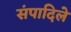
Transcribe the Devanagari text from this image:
संपादिले